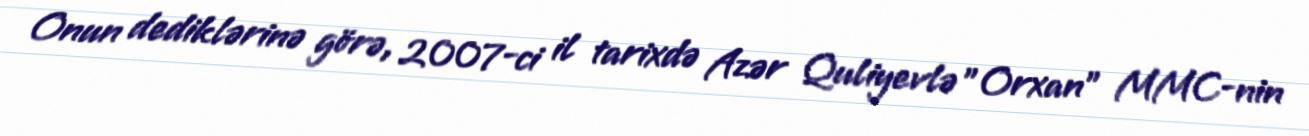
Onun dediklərinə görə, 2007-ci il tarixdə Azər Quliyevlə "Orxan" MMC-nin